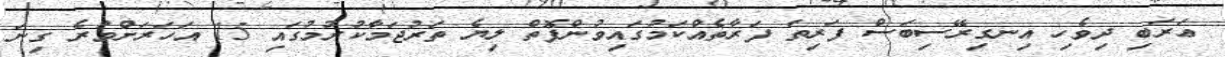
ޢަރަބި ދިވެހި އިނގިރޭސިބަސް ފަރިތަ ފަރާތެއްކަމުގައިވުންފޮތް ލިޔެ ތަރުޖަމާކުރުމުގައި 15 އަހަރަށްވުރެ ގިނަ